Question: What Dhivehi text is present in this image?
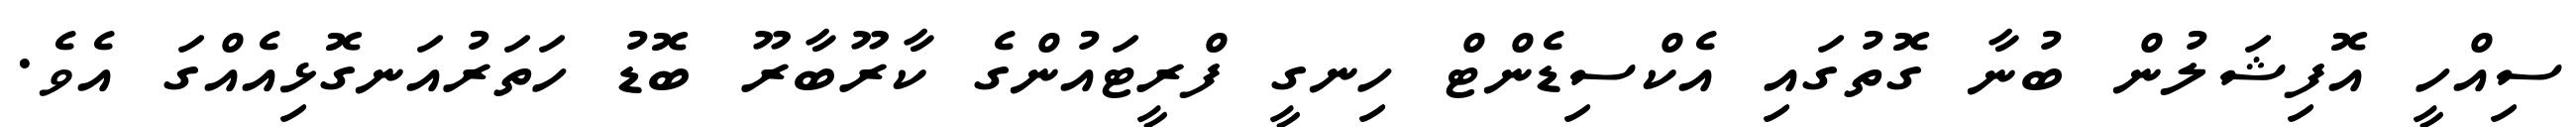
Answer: ސިއްހީ އޮފިޝަލުން ބުނާ ގޮތުގައި އެކްސިޑެންޓް ހިނގީ ފްރީޓައުންގެ ކާރޫބާރޫ ބޮޑު ހަތަރުއަނގޮޅިއެއްގަ އެވެ.